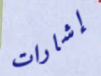
إشارات